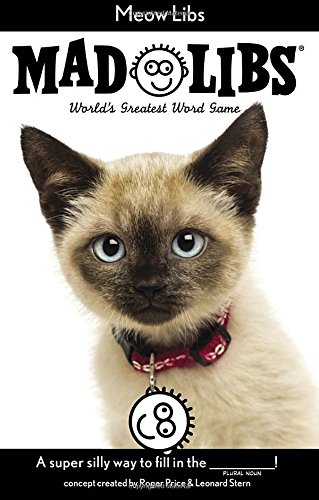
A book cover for Meow Libs (Mad Libs); Price Stern Sloan; Children's Books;